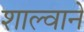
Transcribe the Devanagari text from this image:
शाल्वाने